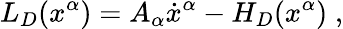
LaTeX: L_{D}(x^{\alpha})=A_{\alpha}\dot{x}^{\alpha}-H_{D}(x^{\alpha})\; ,